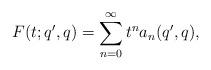
LaTeX: \begin{align*} F(t;q',q) = \sum_{n=0}^{\infty} t^n a_n(q',q),\end{align*}